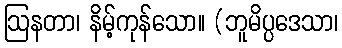
ဩနတာ၊ နိမ့်ကုန်သော။ (ဘူမိပ္ပဒေသာ၊